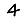
Digit: 4